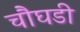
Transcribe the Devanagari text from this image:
चौघडी